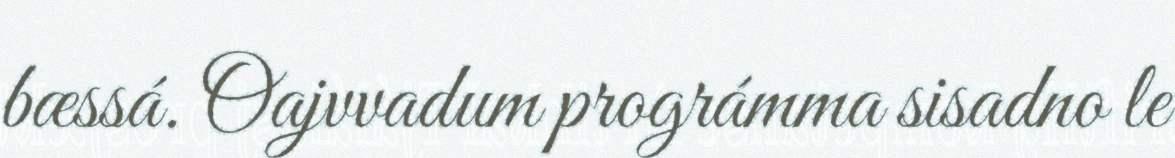
bæssá. Oajvvadum prográmma sisadno le